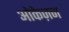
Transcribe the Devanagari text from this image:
ओकेज़न